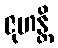
ဇုဟန္တိ